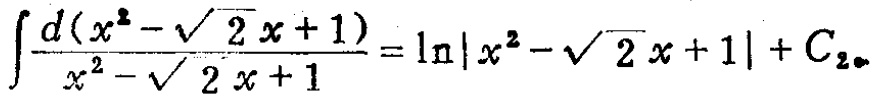
\(\int \frac{d(x^{2}-\sqrt{2}x + 1)}{x^{2}-\sqrt{2}x + 1}=\ln|x^{2}-\sqrt{2}x + 1|+C_{2}\)